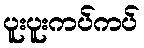
ပူးပူးကပ်ကပ်